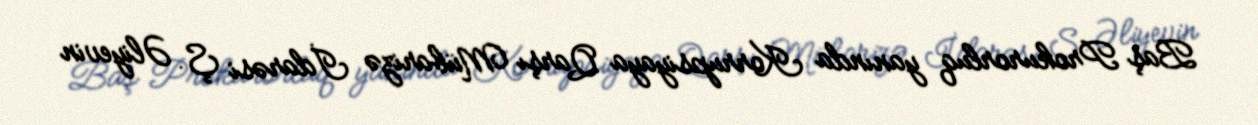
Baş Prokurorluq yanında Korrupsiyaya Qarşı Mübarizə İdarəsi Ş. Əliyevin